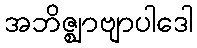
အဘိဇ္ဈာဗျာပါဒေါ